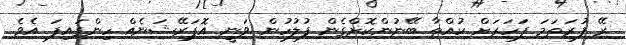
ރޭ ފުރަތަމަ ފަހަރަށް ކުއްތާ ބޭނުންކޮށްގެން ފުލުހުން ވަނީ އޮޕަރޭޝަނެއް ހިންގައިފަ އެވެ.